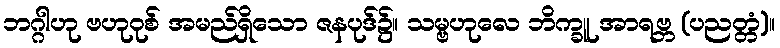
ဘဂ္ဂါဟု ဗဟုဝုစ် အမည်ရှိသော ဇနပုဒ်၌။ သမ္ဗဟုလေ ဘိက္ခူ အာရဗ္ဘ (ပညတ္တံ)။